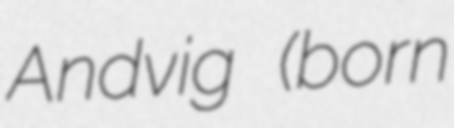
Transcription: Andvig (born